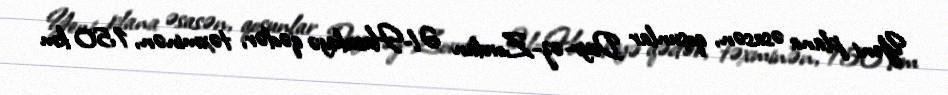
Yeni plana əsasən, qoşunlar Deyr-əz-Zordan Əl-Hasakiyə qədər, təxminən, 150 km